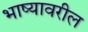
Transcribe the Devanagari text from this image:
भाष्यावरील